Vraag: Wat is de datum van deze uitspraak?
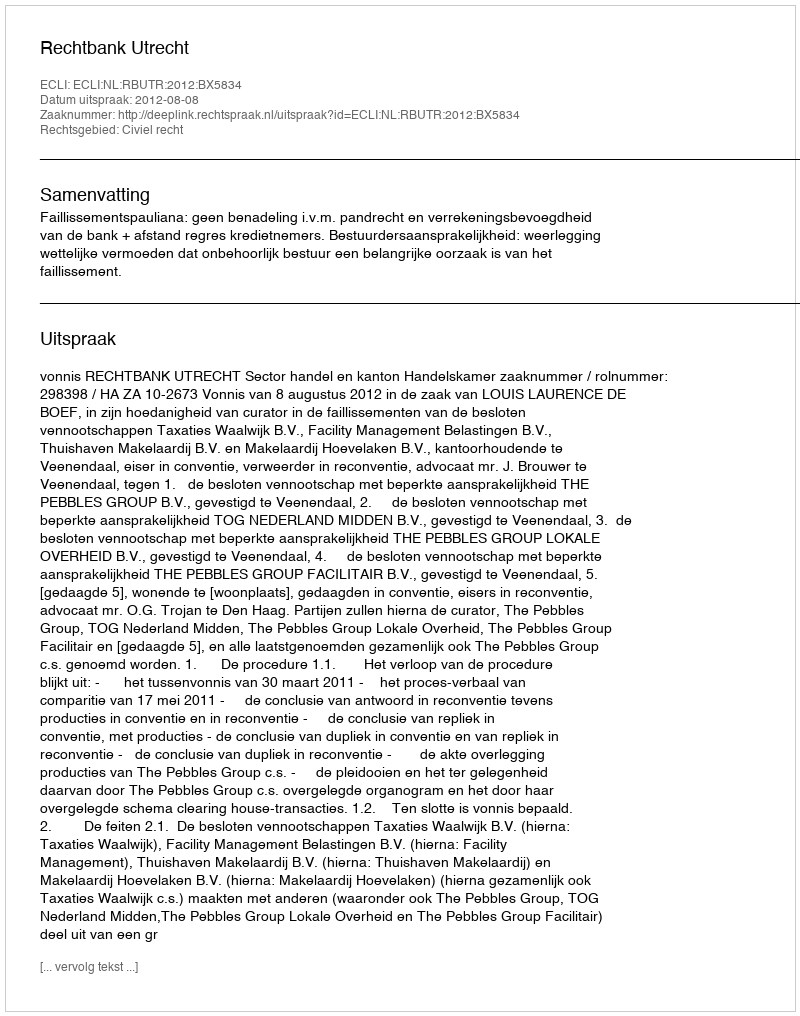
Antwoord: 2012-08-08